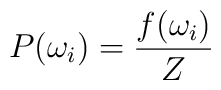
P(\omega_{i})=\frac{f(\omega_{i})}{Z}